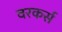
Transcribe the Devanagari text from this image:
वरकर्स